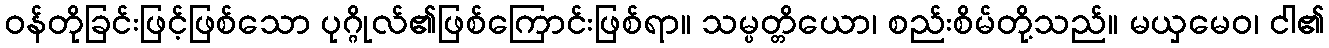
ဝန်တိုခြင်းဖြင့်ဖြစ်သော ပုဂ္ဂိုလ်၏ဖြစ်ကြောင်းဖြစ်ရာ။ သမ္ပတ္တိယော၊ စည်းစိမ်တို့သည်။ မယှမေဝ၊ ငါ၏